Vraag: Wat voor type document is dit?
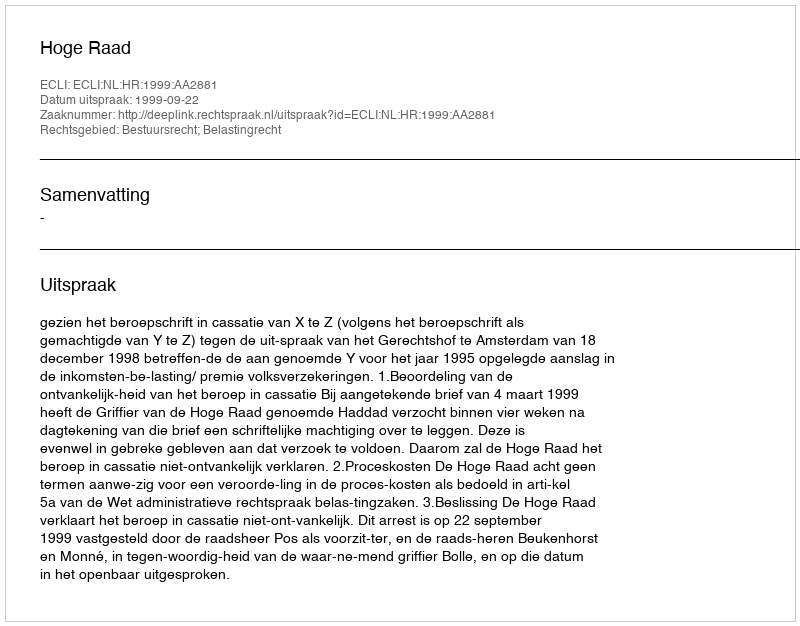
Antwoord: Uitspraak